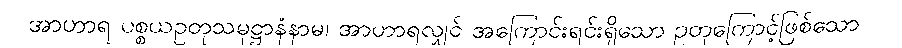
အာဟာရ ပစ္စယဥတုသမုဋ္ဌာနံနာမ၊ အာဟာရလျှင် အကြောင်းရင်းရှိသော ဥတုကြောင့်ဖြစ်သော